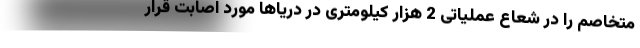
متخاصم را در شعاع عملیاتی 2 هزار کیلومتری در دریاها مورد اصابت قرار